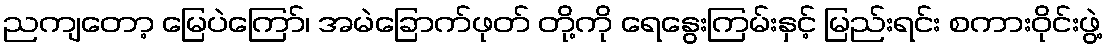
ညကျတော့ မြေပဲကြော်၊ အမဲခြောက်ဖုတ် တို့ကို ရေနွေးကြမ်းနှင့် မြည်းရင်း စကားဝိုင်းဖွဲ့